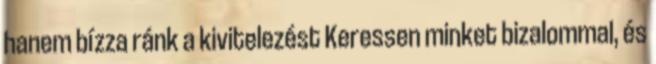
hanem bízza ránk a kivitelezést Keressen minket bizalommal, és